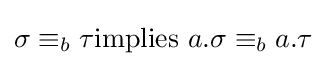
\sigma \equiv _{b}\tau {\mbox{implies }}a.\sigma \equiv _{b}a.\tau